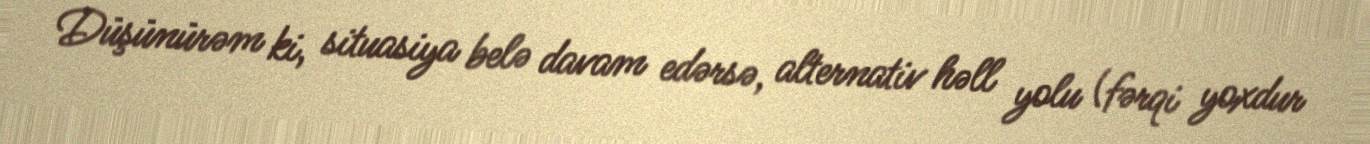
Düşünürəm ki, situasiya belə davam edərsə, alternativ həll yolu (fərqi yoxdur